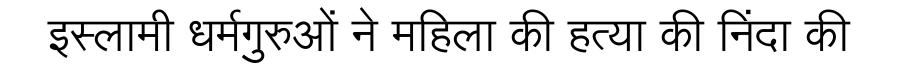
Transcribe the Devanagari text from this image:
इस्लामी धर्मगुरुओं ने महिला की हत्या की निंदा की